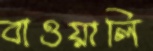
বাওয়ালি